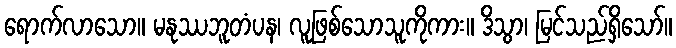
ရောက်လာသော။ မနုဿဘူတံပန၊ လူဖြစ်သောသူကိုကား။ ဒိသွာ၊ မြင်သည်ရှိသော်။